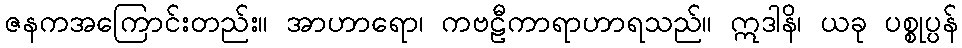
ဇနကအကြောင်းတည်း။ အာဟာရော၊ ကဗဠီကာရာဟာရသည်။ ဣဒါနိ၊ ယခု ပစ္စုပ္ပန်